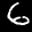
Label: 6